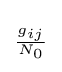
\scriptstyle {\frac {g_{ij}}{N_{0}}}